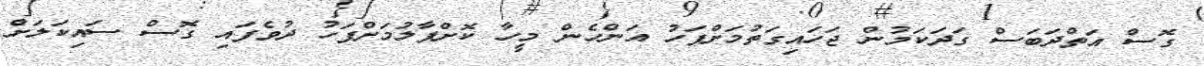
ގޮސް އަތްދަބަސް ގަދަކަމުން ޖަހައިގަތުމަށްފަހު އަންހެން މީހާ ކޮށްޕާލުމަށްފަހު ދުވެފައި ގޮސް ސައިކަލަށް